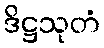
ဒိဋ္ဌသုတံ